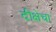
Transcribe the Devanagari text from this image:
दीक्षेचा